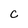
Character: C